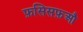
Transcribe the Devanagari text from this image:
फ़सिसफ़औ